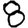
Digit: 8